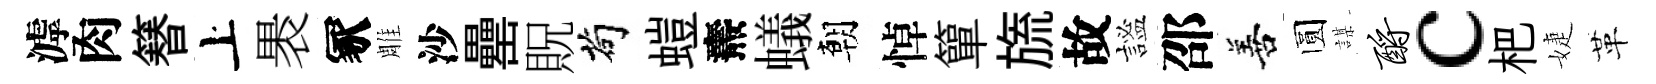
滹肉簮上褁冢雕沙罍貺茍螘燾蟻朝悼簞旒故謐邵善圆謀酹c杷婕革